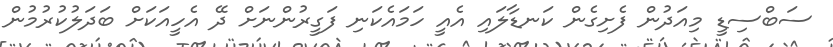
ސަބްސިޑީ މިއަދުން ފެށިގެން ކަނޑާލައި އެއީ ހަމައެކަނި ފަގީރުންނަށް ދޭ އެހީއަކަށް ބަދަލުކުރުމުން